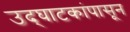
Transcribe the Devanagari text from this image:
उद्‌घाटकांपासून